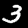
Label: 3